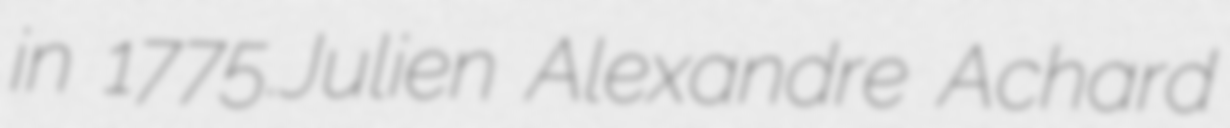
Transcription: in 1775.Julien Alexandre Achard